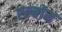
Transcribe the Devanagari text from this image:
एल्बोम